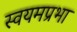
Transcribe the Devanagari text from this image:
स्वयमप्रभा